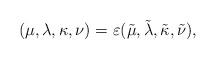
LaTeX: \begin{align*}(\mu,\lambda,\kappa,\nu)=\varepsilon(\tilde\mu,\tilde\lambda,\tilde\kappa,\tilde\nu),\end{align*}